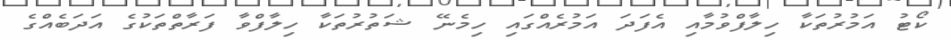
ކޯޓު އަމުރުތަކާ ހިލާފްވުމާއި އެފަދަ އަމުރެއްގައި ހިމެނޭ ޝަތުރުތަކާ ހިލާފްވާ ފަރާތްތަކުގެ އަދަބެއްގެ